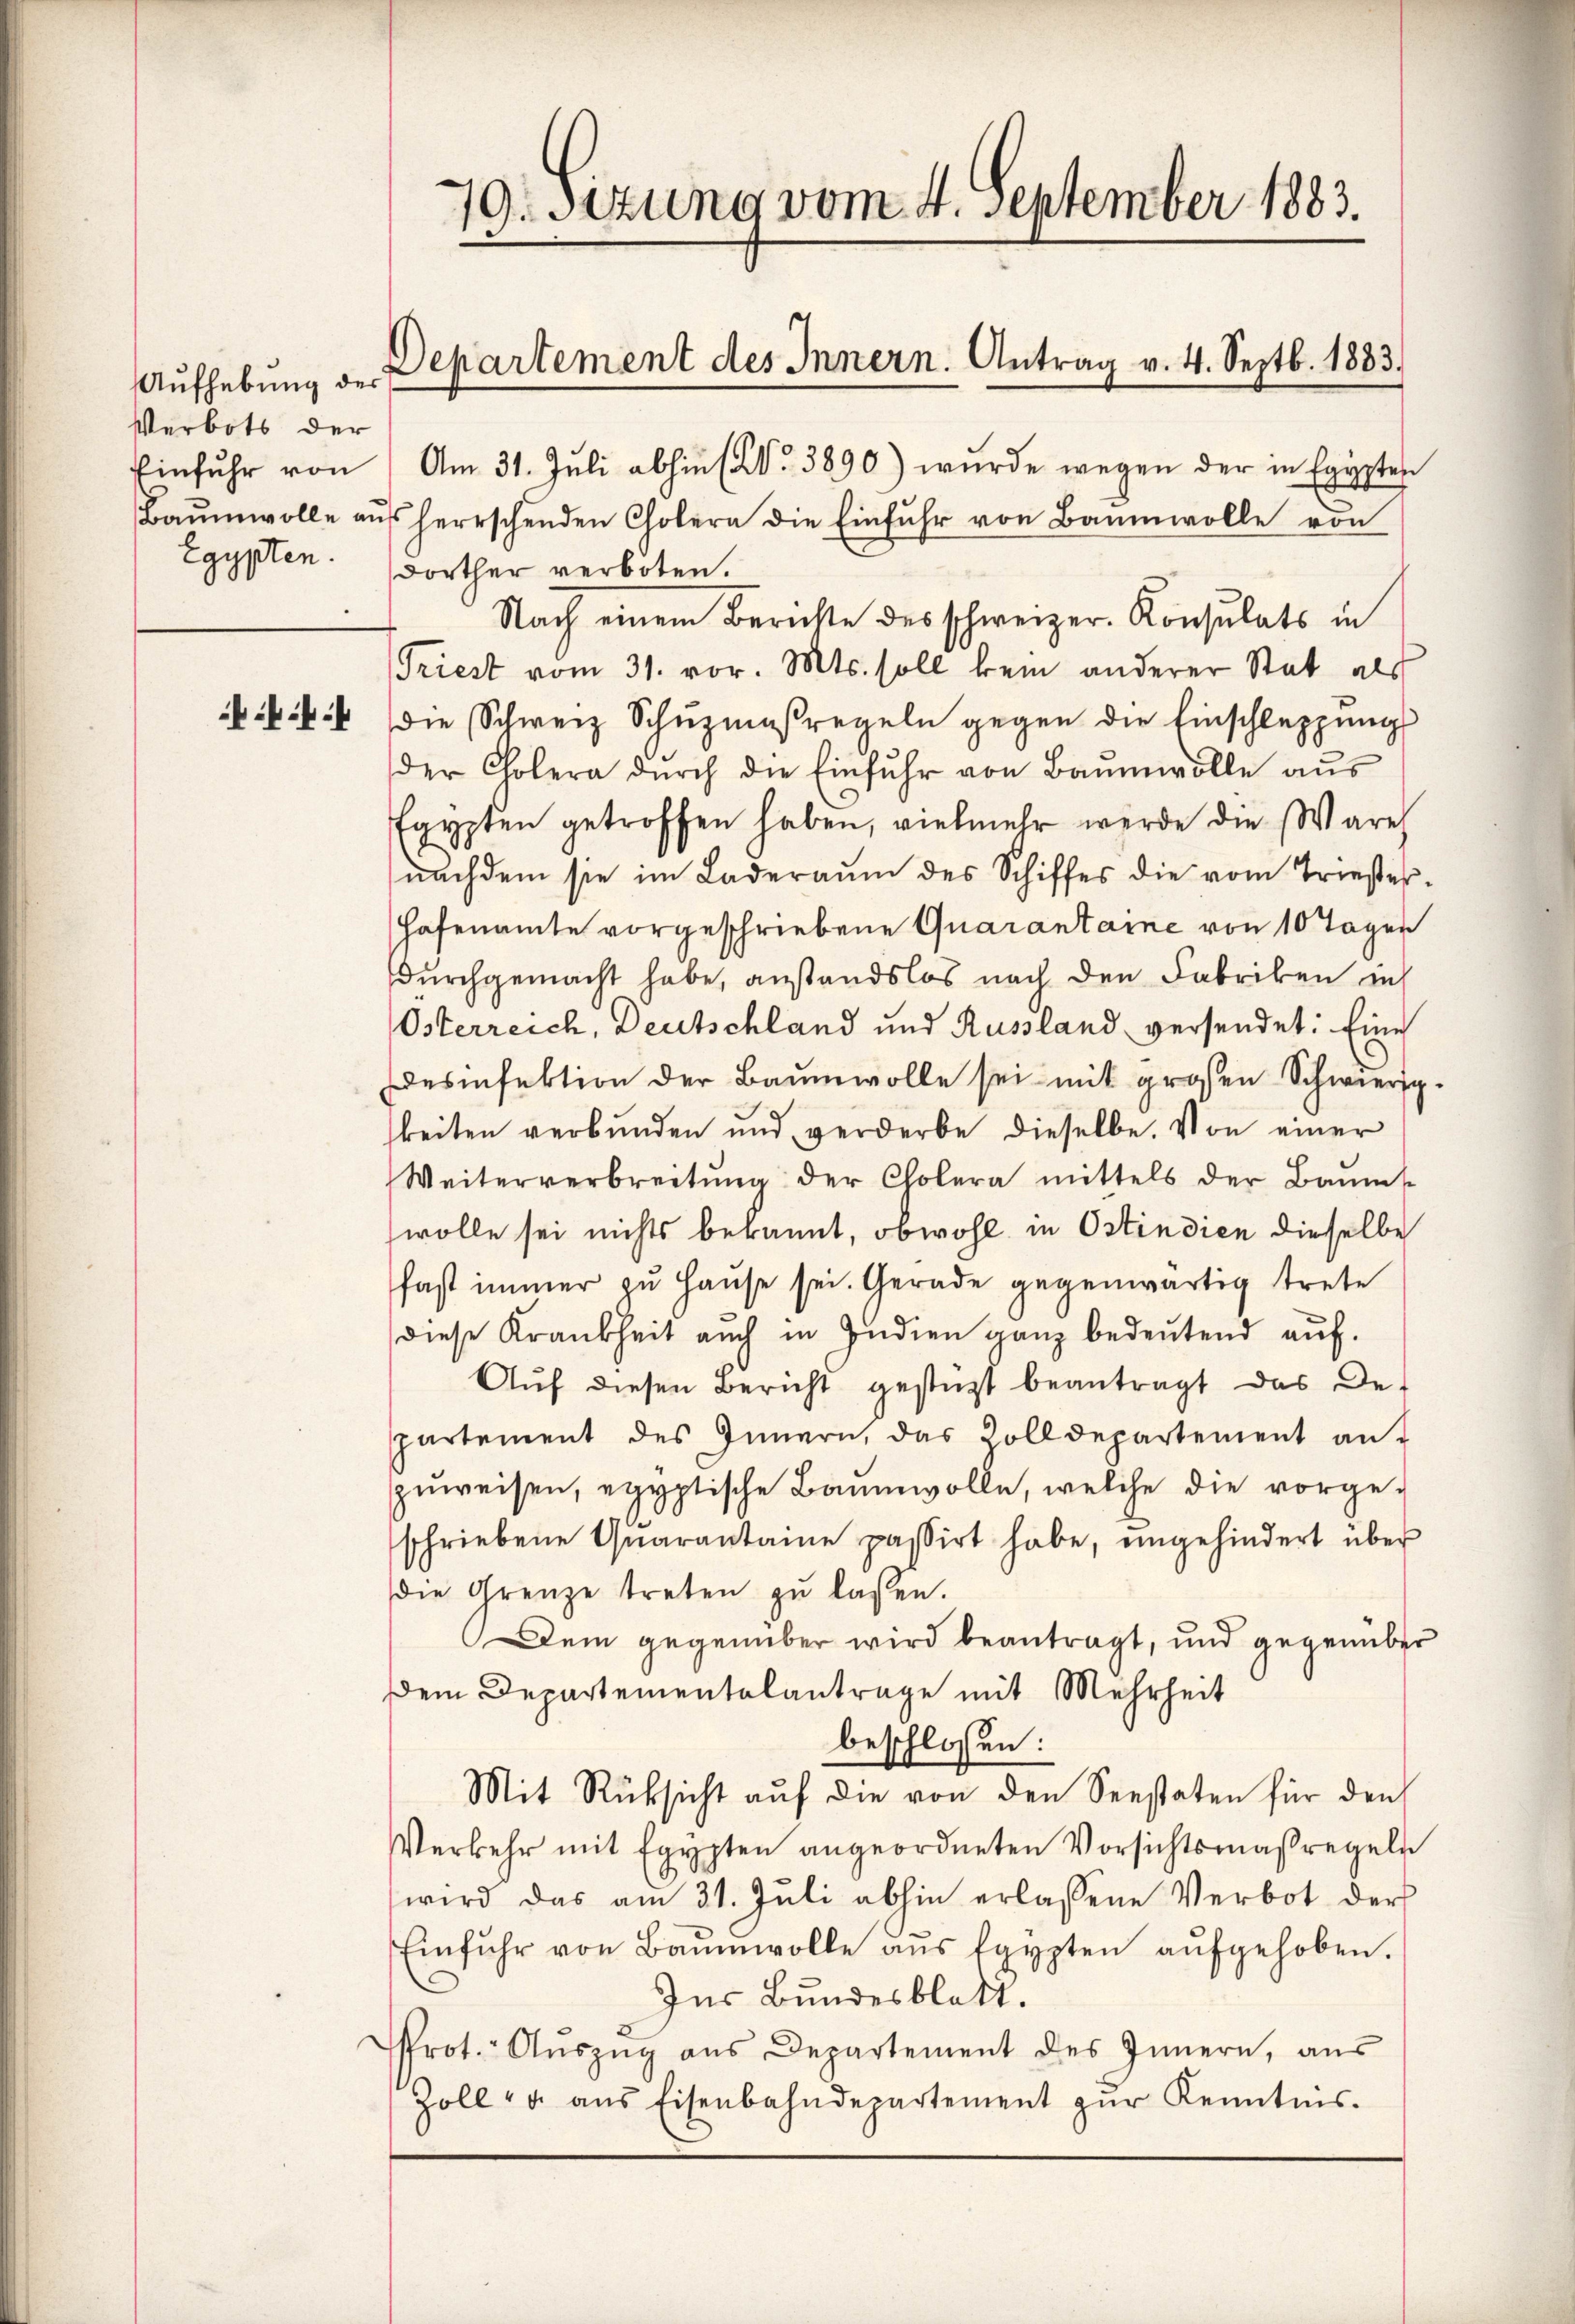
Aufhebung des
Verbots der
Einfuhr von
Egypten.

4

19.Sitzung vom 4. September 1883.
Departement des Innern. Antrag v. 4. Septb. 1883.

Am 31. Juli abhin (No. 3890) wurde wegen der in Egypten
Baŭmwolle aŭf herrschenden Cholern die Einfŭhr von Baumwolle von
dorther verboten.
Nach einem Berichte des schweizer. Konsulats in
Triest vom 31. vor. Mts. soll kein anderer Stat als
die Schweiz Schŭzmaßregeln gegen die Einschleppung
der Cholera dŭrch die Einfŭhr von Baŭmwolle aŭs
Egypten getroffen haben, vielmehr werde die Ware
nachdem sie im Laderaum des Schiffes die vom Triestes¬
Hafenamte vorgeschriebene Quarantaine von 10 Tagen
durchgemacht habe, anstandslos nach den Fabriken in
Österreich, Deutschland und Russland versendet: Eine
esinfektion der Baumwolle sei mit großen Schwierigbeiten verbunden und verderbe dieselbe. Von einer
Weiterverbreitŭng der Cholera mittels der Baŭms-
wolle sei nichts bekannt, obwohl in Ostindien dieselbe
fast immer zu Hause sei. Gerade gegenwärtig trete
diese Krankheit auch in Jndien ganz bedeŭtend aŭf
Aŭf diesen Bericht gestützt beantragt das De-
partement des Innern, das Zolldepartement an.
zŭweisen, egyptische Baumwolle, welche die vorgeschriebene Quarantaine passirt habe, ungehindert über
die Grenze treten zu lassen.
Dem gegenüber wird beantragt, und gegenüber
Dem Departementalantrage mit Mehrheit
beschlossen:
Mit Rücksicht auf die von den Seestaten für den
Verkehr mit Egypten angeordneten Vorsichtsmaßregeln
wird das am 31. Juli abhin erlassene Verbot der
Einfuhr von Baumwolle aŭs Egypten aŭfgehoben.
Ins Bundesblatt.
Prot. Aŭszŭg aŭs Departement des Innern, aŭs
Zoll- u. aŭs Eisenbahndepartement zŭr Kenntnis.